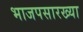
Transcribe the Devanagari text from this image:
भाजपसारख्या